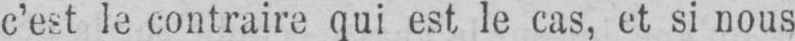
c’est le contraire qui est, le cas, et si nous